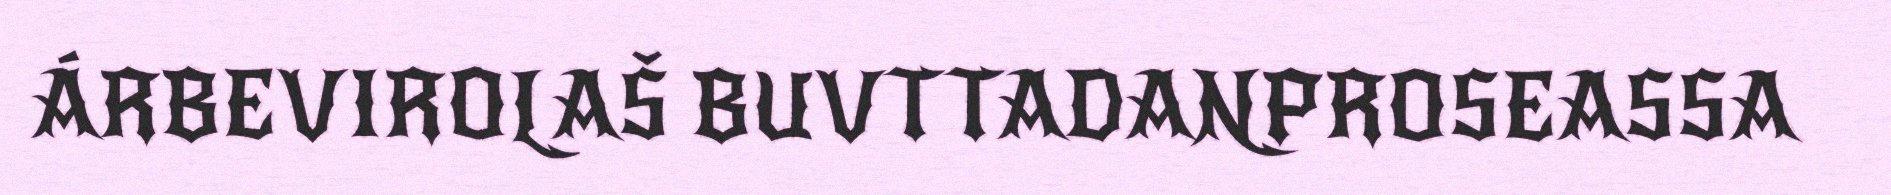
ÁRBEVIROLAŠ BUVTTADANPROSEASSA